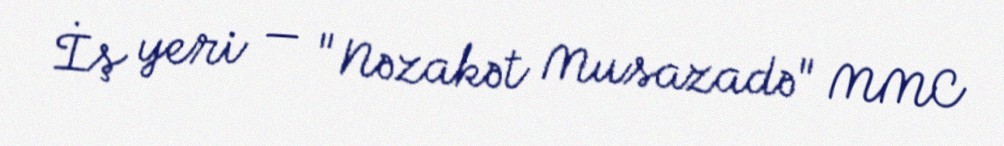
İş yeri — "Nəzakət Musazadə" MMC